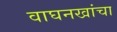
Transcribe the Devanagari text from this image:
वाघनखांचा